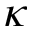
\kappa